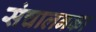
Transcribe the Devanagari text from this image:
संचालनका